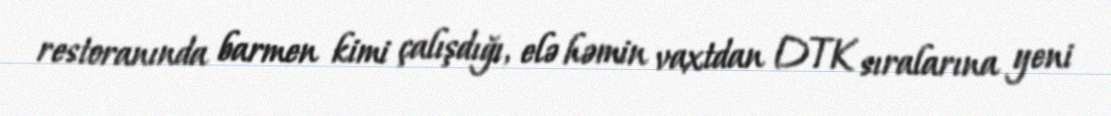
restoranında barmen kimi çalışdığı, elə həmin vaxtdan DTK sıralarına yeni